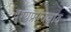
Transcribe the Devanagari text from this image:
दृश्यप्रपंचवाद